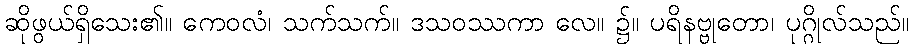
ဆိုဖွယ်ရှိသေး၏။ ကေဝလံ၊ သက်သက်။ ဒသဝဿကာ လေ။ ၌။ ပရိနဗ္ဗုတော၊ ပုဂ္ဂိုလ်သည်။